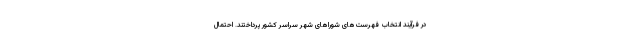
در فرآیند انتخاب فهرست‌های شوراهای شهر سراسر کشور پرداختند. احتمال